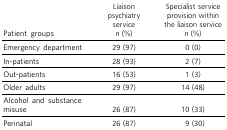
<table><thead><tr><td><b>Patient groups</b></td><td><b>Liaisonpsychiatryservice<i>n</i> (%)</b></td><td><b>Specialist serviceprovision withinthe liaison service<i>n</i> (%)</b></td></tr></thead><tbody><tr><td>Emergency department</td><td>29 (97)</td><td>0 (0)</td></tr><tr><td>In-patients</td><td>28 (93)</td><td>2 (7)</td></tr><tr><td>Out-patients</td><td>16 (53)</td><td>1 (3)</td></tr><tr><td>Older adults</td><td>29 (97)</td><td>14 (48)</td></tr><tr><td>Alcohol and substancemisuse</td><td>26 (87)</td><td>10 (33)</td></tr><tr><td>Perinatal</td><td>26 (87)</td><td>9 (30)</td></tr></tbody></table>